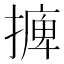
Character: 𢳋